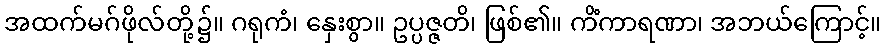
အထက်မဂ်ဖိုလ်တို့၌။ ဂရုကံ၊ နှေးစွာ။ ဥပ္ပဇ္ဇတိ၊ ဖြစ်၏။ ကိံကာရဏာ၊ အဘယ်ကြောင့်။